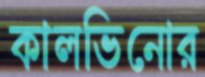
কালভিনোর